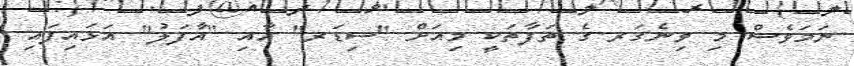
ނަމަވެސް މި ވިނެގަރ ގެ ތަފާތަކީ މިއަށް "ސިޑަރ" އާއި "އާފަލު" އަޅައިފައި